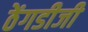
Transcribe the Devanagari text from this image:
ठेंगडीजी